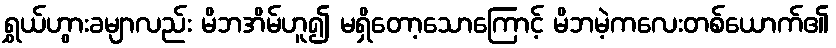
ရွှယ်ဟွားခမျာလည်း မိဘအိမ်ဟူ၍ မရှိတော့သောကြောင့် မိဘမဲ့ကလေးတစ်ယောက်၏